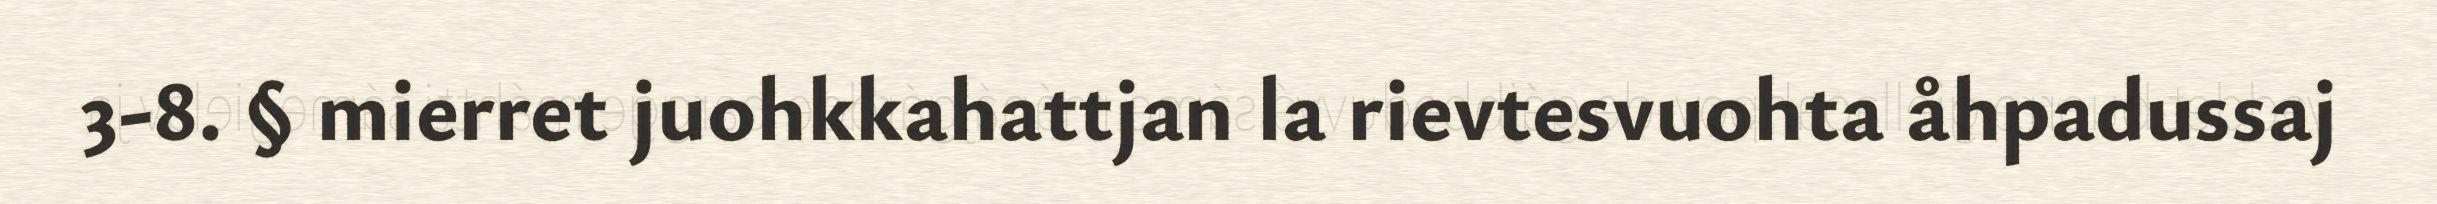
3-8. § mierret juohkkahattjan la rievtesvuohta åhpadussaj